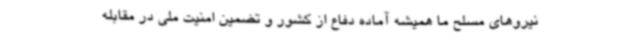
نیروهای مسلح ما همیشه آماده دفاع از کشور و تضمین امنیت ملی در مقابله